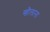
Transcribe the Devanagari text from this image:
खौलाना